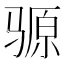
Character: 𫘪